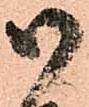
御